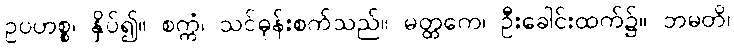
ဥပဟစ္စ၊ နှိပ်၍။ စက္ကံ၊ သင်ဓုန်းစက်သည်။ မတ္ထကေ၊ ဦးခေါင်းထက်၌။ ဘမတိ၊